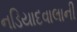
નડિયાદવાલાની